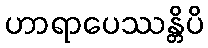
ဟာရာပေဿန္တိပိ